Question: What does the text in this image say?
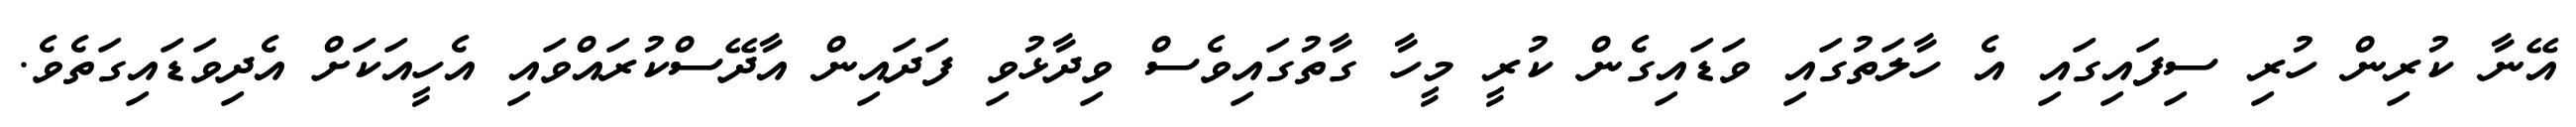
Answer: އޭނާ ކުރިން ހުރި ސިފައިގައި އެ ހާލަތުގައި ވަޑައިގެން ކުރީ މީހާ ގާތުގައިވެސް ވިދާޅުވި ފަދައިން އާދޭސްކުރައްވައި އެހީއަކަށް އެދިވަޑައިގަތެވެ.